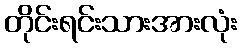
တိုင်းရင်းသားအားလုံး